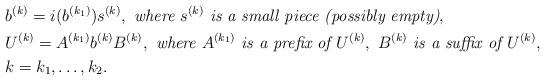
LaTeX: \begin{align*}&b^{(k)} = i(b^{(k_1)})s^{(k)}, \textit{ where } s^{(k)} \textit{ is a small piece (possibly empty)},\\&U^{(k)} = A^{(k_1)}b^{(k)}B^{(k)}, \textit{ where } A^{(k_1)} \textit{ is a prefix of } U^{(k)},\ B^{(k)} \textit{ is a suffix of } U^{(k)},\\&k = k_1, \ldots, k_2.\end{align*}